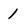
Character: 1